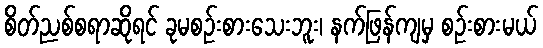
စိတ်ညစ်စရာဆိုရင် ခုမစဉ်းစားသေးဘူး၊ နက်ဖြန်ကျမှ စဉ်းစားမယ်